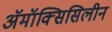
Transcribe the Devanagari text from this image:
अॅमॉक्सिसिलीन